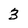
Character: 3